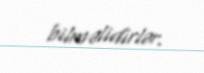
bilməlidirlər.